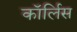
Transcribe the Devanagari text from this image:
कॉर्लिस